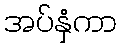
အပ်နှံကာ